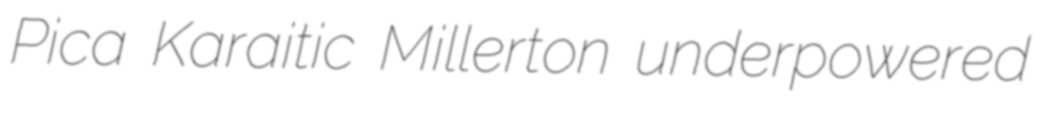
Pica Karaitic Millerton underpowered